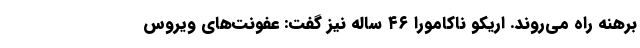
برهنه راه می‌روند. اریکو ناکامورا ۴۶ ساله نیز گفت: عفونت‌های ویروس